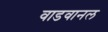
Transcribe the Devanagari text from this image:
वाडवानल